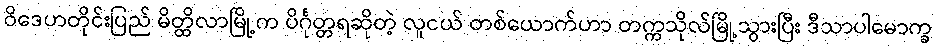
ဝိဒေဟတိုင်းပြည် မိတ္ထိလာမြို့က ပိင်္ဂုတ္တရဆိုတဲ့ လူငယ် တစ်ယောက်ဟာ တက္ကသိုလ်မြို့သွားပြီး ဒီသာပါမောက္ခ